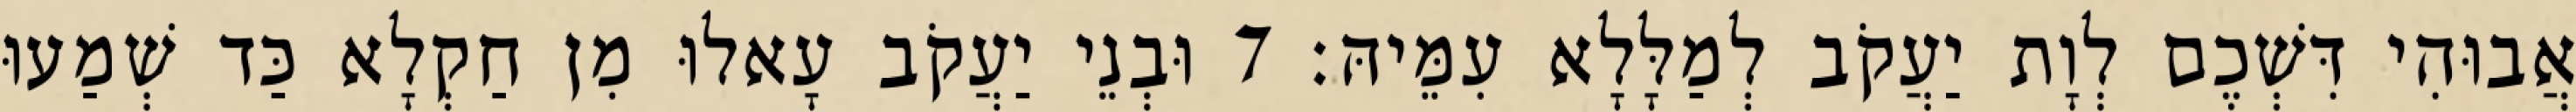
אֲבוּהִי דִּשְׁכֶם לְוָת יַעֲקֹב לְמַלָּלָא עִמֵּיהּ׃ 7 וּבְנֵי יַעֲקֹב עָאלוּ מִן חַקְלָא כַּד שְׁמַעוּ